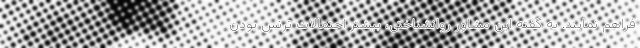
فراهم نمایند. به گفته این مشاور روانشناختی، بیشتر احتمالات ترنس بودن